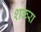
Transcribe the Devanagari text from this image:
शकरा